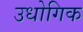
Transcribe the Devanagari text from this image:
उधोगिक